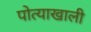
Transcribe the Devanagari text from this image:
पोत्याखाली